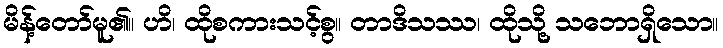
မိန့်တော်မူ၏။ ဟိ၊ ထိုစကားသင့်စွ။ တာဒိသဿ၊ ထိုသို့ သဘောရှိသော။